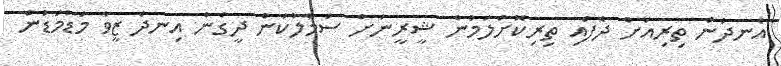
އެނދުން ތިރިއަށް ދެފައި ތިރިކޮށްލަމުން ޝީރީނަށް ސަމާލުކަން ދީގެން އިނދެ ޒީވާ މަޑުމަޑުން